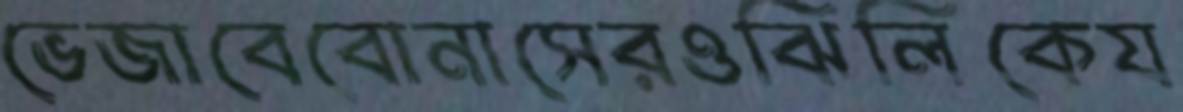
ভেজাবেবোনাসেরওঝিলিকেয